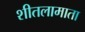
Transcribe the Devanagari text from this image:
शीतलामाता